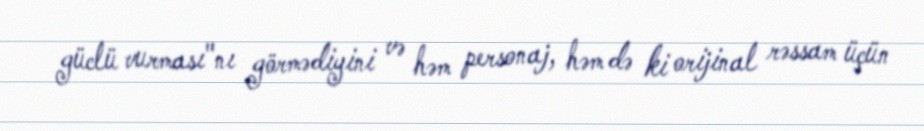
güclü vurması"nı görmədiyini və həm personaj, həm də ki orijinal rəssam üçün